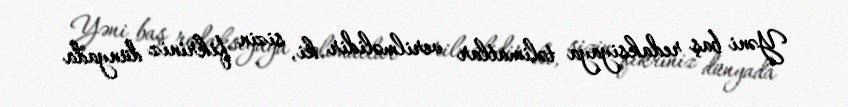
Yəni baş redaksiyaya təlimatlar verilməlidir ki, sizin fikriniz dünyada